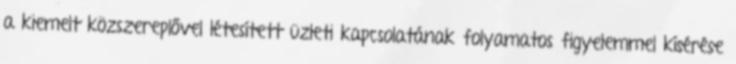
a kiemelt közszereplővel létesített üzleti kapcsolatának folyamatos figyelemmel kísérése